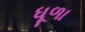
ધૂળા